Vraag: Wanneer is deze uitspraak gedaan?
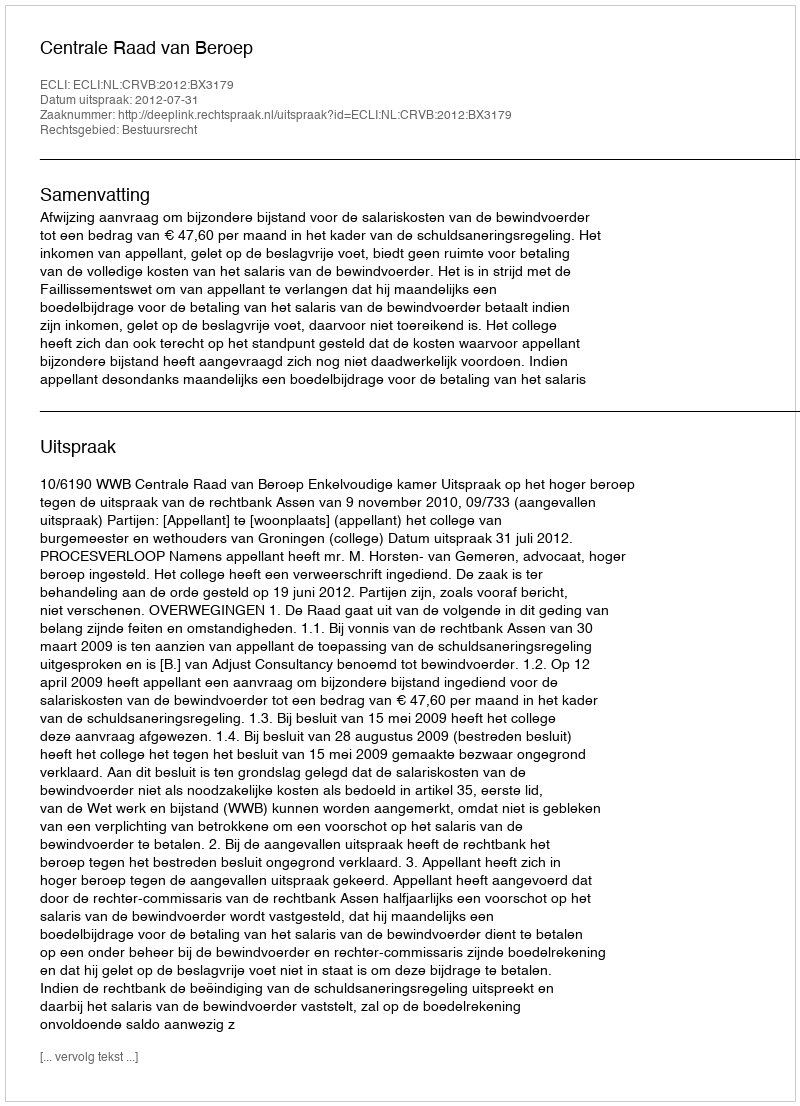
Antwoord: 2012-07-31